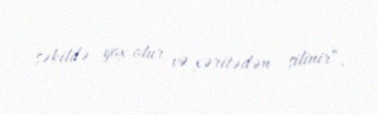
şəkildə yox olur və xəritədən silinir“.